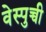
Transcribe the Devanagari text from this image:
वेस्पुच्ची